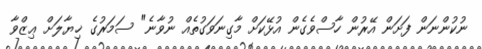
ނުކުންނަން ފަށަން އޭރުން ހާސްވެގެން އުޅޭކަށް މާގިނަވަގުތެއް ނުވާނެ" ސަމަރުގެ ޚިޔާލަށް ޢިޒްވާ